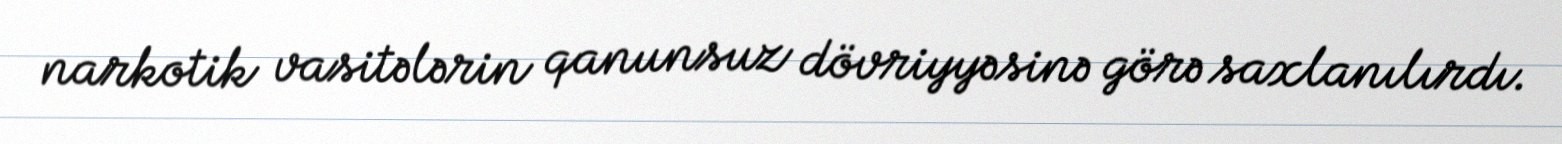
narkotik vasitələrin qanunsuz dövriyyəsinə görə saxlanılırdı.